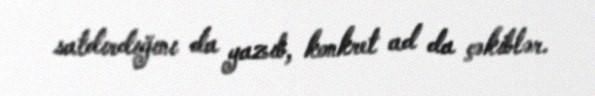
satdırdığını da yazıb, konkret ad da çəkiblər.